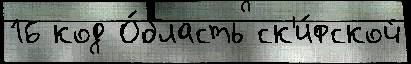
16 код О́бласть ск'и́фской